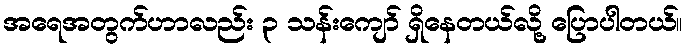
အရေအတွက်ဟာလည်း ၃ သန်းကျော် ရှိနေတယ်လို့ ပြောပါတယ်။